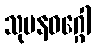
သုမနဝဂ္ဂေါ